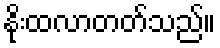
နိုးထလာတတ်သည်။